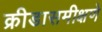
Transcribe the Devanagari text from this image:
क्रीडासमीक्षणे